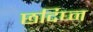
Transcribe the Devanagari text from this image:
छर्दिघ्न